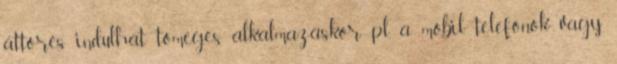
áttörés indulhat tömeges alkalmazáskor pl. a mobil telefonok vagy